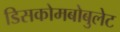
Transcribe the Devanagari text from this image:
डिसकोमबोबुलेट